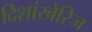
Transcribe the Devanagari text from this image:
दिशांखेरिज